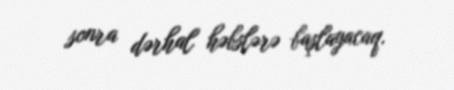
sonra dərhal həbslərə başlayacaq.